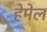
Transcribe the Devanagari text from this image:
हेमेल